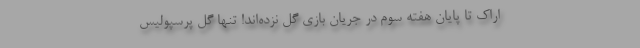
اراک تا پایان هفته سوم در جریان بازی گل نزده‌اند! تنها گل پرسپولیس